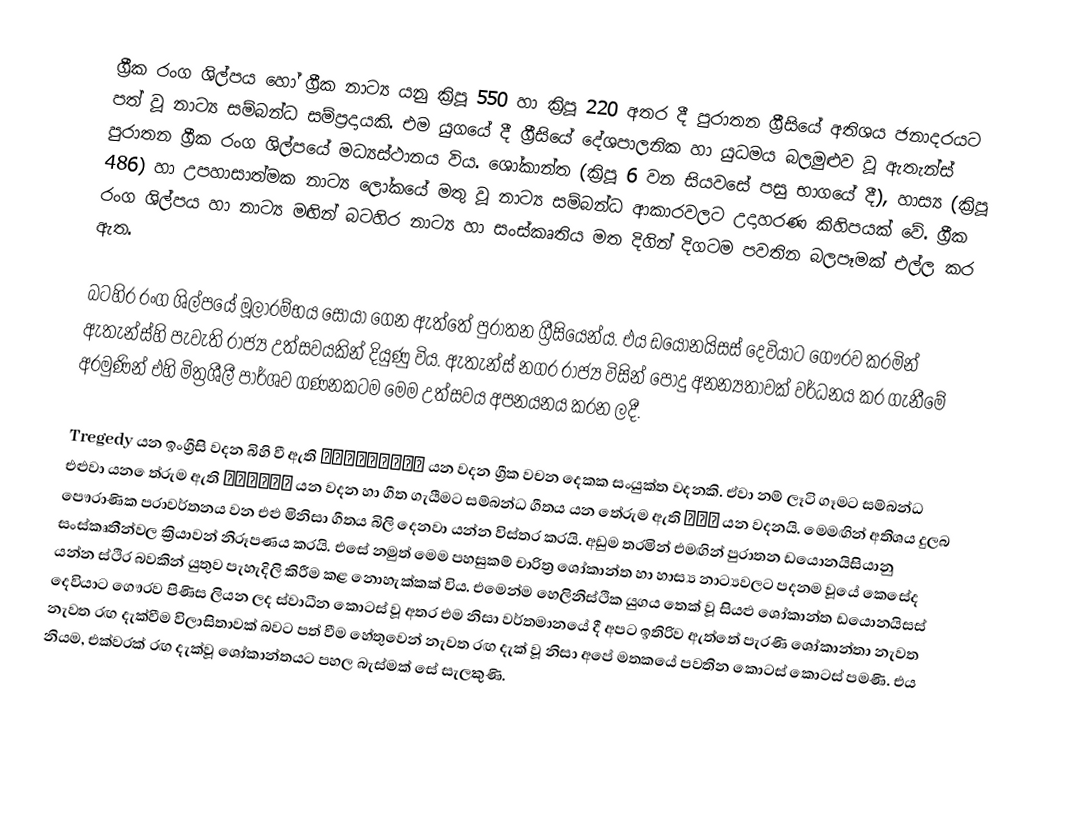
ග්‍රීක රංග ශිල්පය හෝ ග්‍රීක නාට්‍ය යනු ක්‍රිපූ 550 හා ක්‍රිපූ 220  අතර දී පුරාතන ග්‍රීසියේ අතිශය ජනාදරයට පත් වූ නාට්‍ය සම්බන්ධ සම්ප්‍රදායකි. එම යුගයේ දී ග්‍රීසියේ දේශපාලනික හා යුධමය බලමුළුව වූ ඇතැන්ස් පුරාතන ග්‍රීක රංග ශිල්පයේ මධ්‍යස්ථානය විය. ශෝකාන්ත (ක්‍රිපූ 6 වන සියවසේ පසු භාගයේ දී), හාස්‍ය (ක්‍රිපූ 486) හා උපහාසාත්මක නාට්‍ය ලෝකයේ මතු වූ නාට්‍ය සම්බන්ධ ආකාරවලට උදාහරණ කිහිපයක් වේ. ග්‍රීක රංග ශිල්පය හා නාට්‍ය මඟින් බටහිර නාට්‍ය හා සංස්කෘතිය මත දිගින් දිගටම පවතින බලපෑමක් එල්ල කර ඇත.

බටහිර රංග ශිල්පයේ මූලාරම්භය සොයා ගෙන ඇත්තේ පුරාතන ග්‍රීසියෙන්ය. එය ඩයොනයිසස් දෙවියාට ගෞරව කරමින් ඇතැන්ස්හි පැවැති රාජ්‍ය උත්සවයකින් දියුණු විය. ඇතැන්ස් නගර රාජ්‍ය විසින් පොදු අනන්‍යතාවක් වර්ධනය කර ගැනීමේ අරමුණින් එහි මිත්‍රශීලී පාර්ශව ගණනකටම මෙම උත්සවය අපනයනය කරන ලදී.

Tregedy යන ඉංග්‍රීසි වදන බිහි වී ඇති τραγοιδία යන වදන ග්‍රීක වචන දෙකක සංයුක්ත වදනකි. ඒවා නම් ලෑටි ගෑමට සම්බන්ධ එළුවා යන ‍ෙත්රුම ඇති  τράγος යන වදන හා ගීත ගැයීමට සම්බන්ධ ගීතය යන තේරුම ඇති ῳδή යන වදනයි.  මෙමඟින් අතිශය දුලබ පෞරාණික පරාවර්තනය වන එළු මිනිසා ගීතය බිලි දෙනවා යන්න විස්තර කරයි. අඩුම තරමින් එමඟින් පුරාතන ඩයොනයිසියානු සංස්කෘතීන්වල ක්‍රියාවන් නිරූපණය කරයි. එසේ නමුත් මෙම පහසුකම් චාරිත්‍ර ශෝකාන්ත හා හාස්‍ය නාට්‍යවලට පදනම වූයේ කෙසේද යන්න ස්ථිර බවකින් යුතුව පැහැදිලි කිරීම කළ නොහැක්කක් විය. එමෙන්ම හෙලිනිස්ථික යුගය තෙක් වූ සියළු ශෝකාන්ත ඩයොනයිසස් දෙවියාට ගෞරව පිණිස ලියන ලද ස්වාධීන කොටස් වූ අතර එම නිසා වර්තමානයේ දී අපට ඉතිරිව  ඇත්තේ පැරණි ශෝකාන්තා නැවත නැවත රඟ දැක්වීම විලාසිතාවක් බවට පත් වීම හේතුවෙන් නැවත රඟ දැක් වූ නිසා අපේ මතකයේ පවතින කොටස් කොටස් පමණි. එය නියම, එක්වරක් රඟ දැක්වූ ශෝකාන්තයට පහල බැස්මක් සේ සැලකුණි.